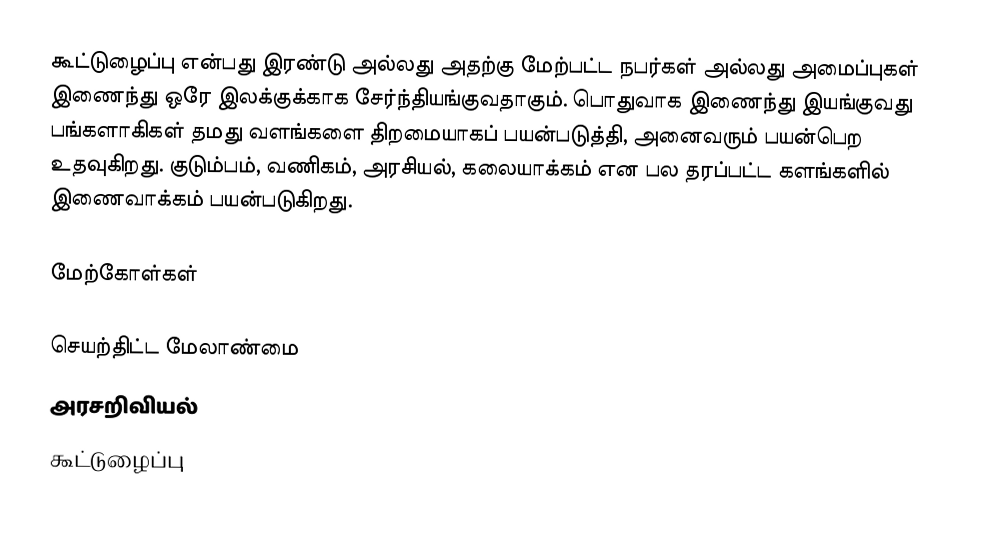
கூட்டுழைப்பு என்பது இரண்டு அல்லது அதற்கு மேற்பட்ட நபர்கள் அல்லது அமைப்புகள் இணைந்து ஒரே இலக்குக்காக சேர்ந்தியங்குவதாகும்.  பொதுவாக இணைந்து இயங்குவது பங்களாகிகள் தமது வளங்களை திறமையாகப் பயன்படுத்தி, அனைவரும் பயன்பெற உதவுகிறது. குடும்பம், வணிகம், அரசியல், கலையாக்கம் என பல தரப்பட்ட களங்களில் இணைவாக்கம் பயன்படுகிறது.

மேற்கோள்கள்

செயற்திட்ட மேலாண்மை
அரசறிவியல்
கூட்டுழைப்பு